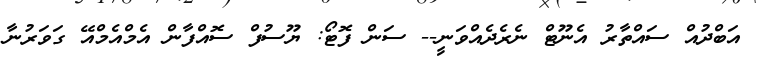
އަބްދުއް ސައްތާރު އެނޫޓް ނެރެދެއްވަނީ-- ސަން ފޮޓޯ: ޔޫސުފް ސޮއްފާން އެމްއެމްއޭ ގަވަރުނާ